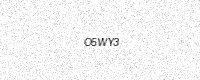
Text: O5WY3